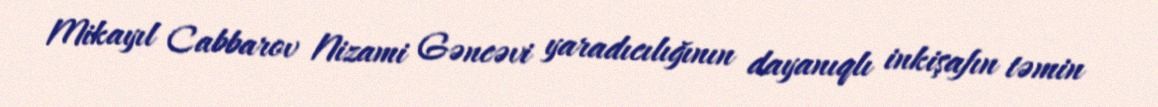
Mikayıl Cabbarov Nizami Gəncəvi yaradıcılığının dayanıqlı inkişafın təmin